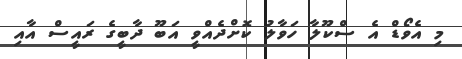
މި އެވޯޑް އެ ސްކޫލާ ހަވާލު ކޮށްދެއްވީ އަބޫ ދާބީގެ ރައީސް އާއި